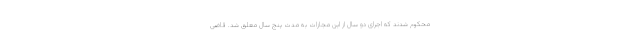
محکوم شدند که اجرای دو سال از این مجازات به مدت پنج سال معلق شد. قاضی